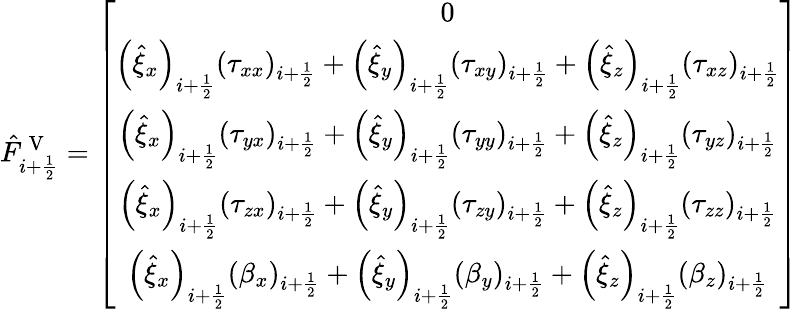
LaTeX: \hat{F}_{i+\frac{1}{2}}^{\mathrm{~V~}}=\left[\begin{array}{c}{0}\\ {\left(\hat{\xi}_{x}\right)_{i+\frac{1}{2}}(\tau_{xx})_{i+\frac{1}{2}}+\left(\hat{\xi}_{y}\right)_{i+\frac{1}{2}}(\tau_{xy})_{i+\frac{1}{2}}+\left(\hat{\xi}_{z}\right)_{i+\frac{1}{2}}(\tau_{xz})_{i+\frac{1}{2}}}\\ {\left(\hat{\xi}_{x}\right)_{i+\frac{1}{2}}(\tau_{yx})_{i+\frac{1}{2}}+\left(\hat{\xi}_{y}\right)_{i+\frac{1}{2}}(\tau_{yy})_{i+\frac{1}{2}}+\left(\hat{\xi}_{z}\right)_{i+\frac{1}{2}}(\tau_{yz})_{i+\frac{1}{2}}}\\ {\left(\hat{\xi}_{x}\right)_{i+\frac{1}{2}}(\tau_{zx})_{i+\frac{1}{2}}+\left(\hat{\xi}_{y}\right)_{i+\frac{1}{2}}(\tau_{zy})_{i+\frac{1}{2}}+\left(\hat{\xi}_{z}\right)_{i+\frac{1}{2}}(\tau_{zz})_{i+\frac{1}{2}}}\\ {\left(\hat{\xi}_{x}\right)_{i+\frac{1}{2}}(\beta_{x})_{i+\frac{1}{2}}+\left(\hat{\xi}_{y}\right)_{i+\frac{1}{2}}(\beta_{y})_{i+\frac{1}{2}}+\left(\hat{\xi}_{z}\right)_{i+\frac{1}{2}}(\beta_{z})_{i+\frac{1}{2}}}\end{array}\right]